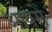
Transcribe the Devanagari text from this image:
आयसें